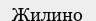
Жилино